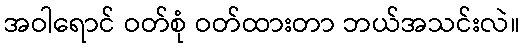
အဝါရောင် ဝတ်စုံ ဝတ်ထားတာ ဘယ်အသင်းလဲ။